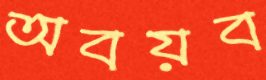
অবয়ব